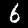
Label: 6